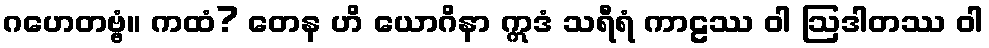
ဂဟေတဗ္ဗံ။ ကထံ? တေန ဟိ ယောဂိနာ ဣဒံ သရီရံ ကာဠဿ ဝါ ဩဒါတဿ ဝါ